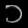
Digit: ၁